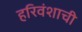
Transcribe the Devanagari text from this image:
हरिवंशाची